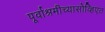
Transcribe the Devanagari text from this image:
पूर्वाश्रमीच्यासोव्हिएत